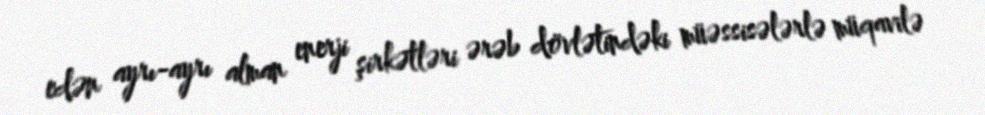
edən ayrı-ayrı alman enerji şirkətləri ərəb dövlətindəki müəssisələrlə müqavilə